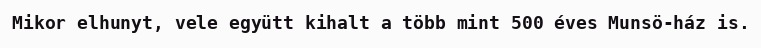
Mikor elhunyt, vele együtt kihalt a több mint 500 éves Munsö-ház is.